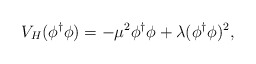
\begin{align*}V_{H} (\phi^{\dagger} \phi) =- \mu^2 \phi^{\dagger} \phi + \lambda (\phi^{\dagger} \phi)^2 ,\end{align*}